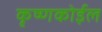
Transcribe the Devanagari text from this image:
कृष्णकोईल